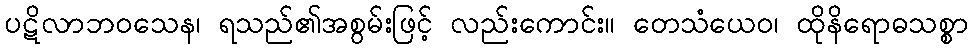
ပဋိလာဘဝသေန၊ ရသည်၏အစွမ်းဖြင့် လည်းကောင်း။ တေသံယေဝ၊ ထိုနိရောဓသစ္စာ